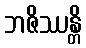
ဘဇိဿန္တိ